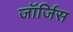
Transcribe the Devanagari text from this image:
जॉर्जिस